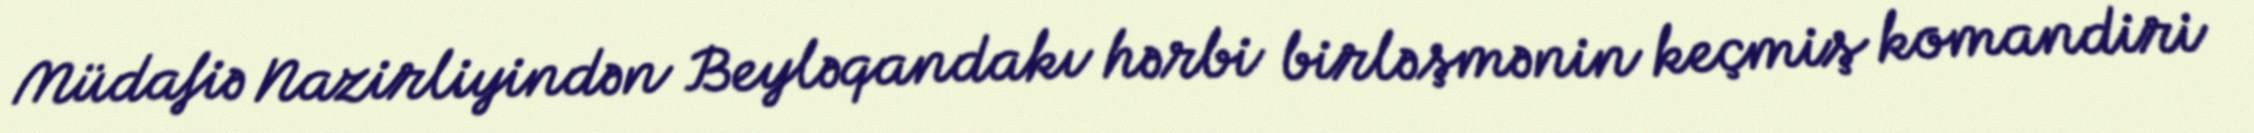
Müdafiə Nazirliyindən Beyləqandakı hərbi birləşmənin keçmiş komandiri